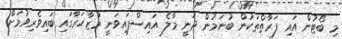
މި ބޯޓުން އައި ފަރާތްތަކުން ބުނަމުން ދަނީ މާލެ އައިސްފައިވަނީ މުޒާހަރާގައި ބައިވެރިވުމަށް